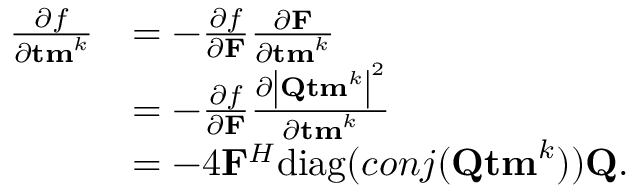
\begin{array} { r l } { { \frac { \partial f } { \partial { \bf t m } ^ { k } } } } & { = - { \frac { \partial f } { \partial { \bf F } } } { \frac { \partial { \bf F } } { \partial { \bf t m } ^ { k } } } } \\ & { = - { \frac { \partial f } { \partial { \bf F } } } { \frac { \partial \left| { \bf { Q } } { \bf { t m } } ^ { k } \right| ^ { 2 } } { \partial { \bf t m } ^ { k } } } } \\ & { = - 4 { \bf F } ^ { H } \mathrm { d i a g } ( c o n j ( { \bf { Q } } { \bf { t m } } ^ { k } ) ) { \bf { Q } } . } \end{array}